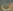
ان